Report of the Indian Hemp Drugs Commission, 1894-1895 - Volume V
Year: 1894
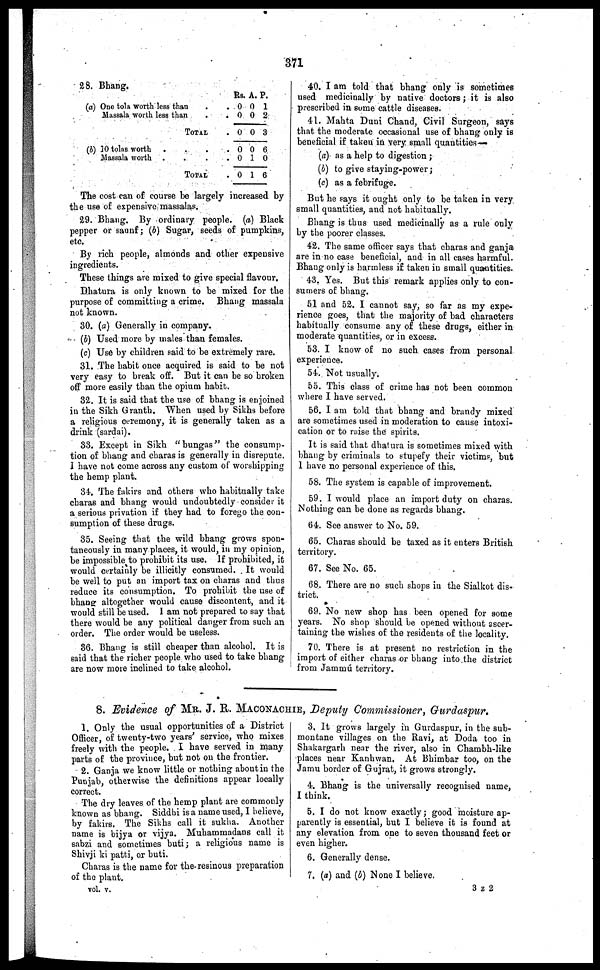
371
28. Bhang.
(a) One tola worth less than
. .
Massala worth less than . .
TOTAL .
(b) 10 tolas worth .
.
.
.
Massala worth .
.
.
.
TOTAL .
Rs.
0
0
0
0
0
0
A.
0
0
0
0
1
1
P.
1
2
3
6
0
6
The cost can of course be largely increased by
the use of expensive massalas.
29. Bhang. By ordinary people. (a) Black
pepper or saunf ; (b) Sugar, seeds of pumpkins,
etc.
By rich people, almonds and other expensive
ingredients.
These things are mixed to give special flavour.
Dhatura is only known to be mixed for the
purpose of committing a crime. Bhang massala
not known.
30. (a) Generally in company.
(b) Used more by males than females.
(c) Use by children said to be extremely rare.
31. The habit once acquired is said to be not
very easy to break off. But it can be so broken
off more easily than the opium habit.
32. It is said that the use of bhang is enjoined
in the Sikh Granth. When used by Sikhs before
a religious ceremony, it is generally taken as a
drink (sardai).
33. Except in Sikh "bungas" the consump-
tion of bhang and charas is generally in disrepute.
1 have not come across any custom of worshipping
the hemp plant.
34. The fakirs and others who habitually take
charas and bhang would undoubtedly consider it
a serious privation if they had to forego the con-
sumption of these drugs.
35. Seeing that the wild bhang grows spon-
taneously in many places, it would, in my opinion,
be impossible to prohibit its use. If prohibited, it
would certainly be illicitly consumed. It would
be well to put an import tax on charas and thus
reduce its consumption. To prohibit the use of
bhang altogether would cause discontent, and it
would still be used. 1 am not prepared to say that
there would be any political danger from such an
order. The order would be useless.
36. Bhang is still cheaper than alcohol. It is
said that the richer people who used to take bhang
are now more inclined to take alcohol.
40. I am told that bhang only is sometimes
used medicinally by native doctors ; it is also
prescribed in some cattle diseases.
41. Mahta Duni Chand, Civil Surgeon, says
that the moderate occasional use of bhang only is
beneficial if taken in very small quantities—
(a) as a help to digestion ;
(b) to give staying-power ;
(c) as a febrifuge.
But he says it ought only to be taken in very
small quantities, and not habitually.
Bhang is thus used medicinally as a rule only
by the poorer classes.
42. The same officer says that charas and ganja
are in no case beneficial, and in all cases harmful.
Bhang only is harmless if taken in small quantities.
43. Yes. But this remark applies only to con-
sumers of bhang.
51 and 52. I cannot say, so far as my expe-
rience goes, that the majority of bad characters
habitually consume any of these drugs, either in
moderate quantities, or in excess.
53. I know of no such cases from personal
experience.
54. Not usually.
55. Thi9 class of crime has not been common
where I have served.
56. I am told that bhang and brandy mixed
are sometimes used in moderation to cause intoxi-
cation or to raise the spirits.
It is said that dhatura is sometimes mixed with
bhang by criminals to stupefy their victims, but
1 have no personal experience of this.
58. The system is capable of improvement.
59. I would place an import duty on charas.
Nothing can be done as regards bhang.
64. See answer to No. 59.
65. Charas should be taxed as it enters British
territory.
67. See No. 65.
68. There are no such shops in the Sialkot dis-
trict.
69. No new shop has been opened for some
years. No shop should be opened without ascer-
taining the wishes of the residents of the locality.
70. There is at present no restriction in the
import of either charas or bhang into the district
from Jammú territory.
8. Evidence of MR. J. R. MACONACHIE, Deputy Commissioner, Gurdaspur.
1. Only the usual opportunities of a District
Officer, of twenty-two years' service, who mixes
freely with the people. I have served in many
parts of the province, but not on the frontier.
2. Ganja we know little or nothing about in the
Punjab, otherwise the definitions appear locally
correct.
The dry leaves of the hemp plant are commonly
known as bhang. Siddhi is a name used, I believe,
by fakirs. The Sikhs call it sukha. Another
name is bijya or vijya. Muhammadans call it
sabzi and sometimes buti ; a religious name is
Shivji ki patti, or buti.
Charas is the name for the resinous preparation
of the plant.
vol. v.
3. It grows largely in Gurdaspur, in the sub-
montane villages on the Ravi, at Doda too in
Shakargarh near the river, also in Chambh-like
places near Kanhwan. At Bhimbar too, on the
Jamu border of Gujrat, it grows strongly.
4. Bhang is the universally recognised name,
I think.
5. I do not know exactly ; good moisture ap-
parently is essential, hut I believe it is found at
any elevation from one to seven thousand feet or
even higher.
6. Generally dense.
7. (a) and (b) None I believe.
3 Z 2